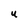
Character: u